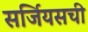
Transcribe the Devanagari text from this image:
सर्जियसची